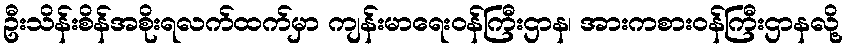
ဦးသိန်းစိန်အစိုးရလက်ထက်မှာ ကျန်းမာရေးဝန်ကြီးဌာန၊ အားကစားဝန်ကြီးဌာနလို့